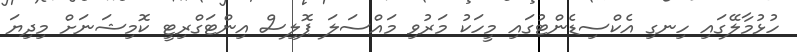
ހުޅުމާލޭގައި ހިނގި އެކްސިޑެންޓުގައި މީހަކު މަރުވި މައްސަލަ ޕޮލިސް އިންޓަގްރިޓީ ކޮމިޝަނަށް މިދިޔަ